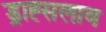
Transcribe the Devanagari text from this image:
ड्राह्सलाव